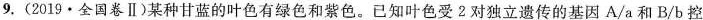
9.(2019·全国卷Ⅱ)某种甘蓝的叶色有绿色和紫色。已知叶色受2对独立遗传的基因A/a和B/b控